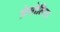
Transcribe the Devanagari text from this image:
ब्रेसोलिस